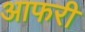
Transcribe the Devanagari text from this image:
आफरी